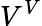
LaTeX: V^{V}